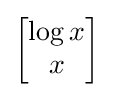
{\begin{bmatrix}\log x\\x\end{bmatrix}}